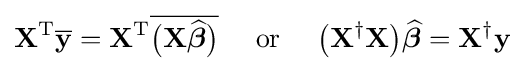
{\textbf {X}}^{\rm {T}}{\overline {\textbf {y}}}={\textbf {X}}^{\rm {T}}{\overline {{\big (}{\textbf {X}}{\boldsymbol {\widehat {\beta }}}{\big )}}}\quad {\text{ or }}\quad {\big (}{\textbf {X}}^{\dagger }{\textbf {X}}{\big )}{\boldsymbol {\widehat {\beta }}}={\textbf {X}}^{\dagger }{\textbf {y}}